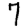
Digit: 7